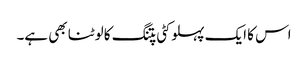
اس کا ایک پہلو کٹی پتنگ کا لوٹنا بھی ہے۔